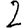
Digit: 2